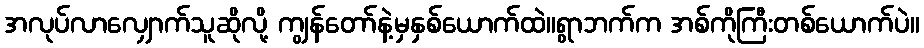
အလုပ်လာလျှောက်သူဆိုလို့ ကျွန်တော်နဲ့မှနှစ်ယောက်ထဲ။ရွာဘက်က အစ်ကိုကြီးတစ်ယောက်ပဲ။